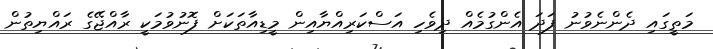
މަތީގައި ދެންނެވުނު ފަދަ އެންގުމެއް ދިވެހި އަސްކަރިއްޔާއިން މީޑިއާތަކަށް ފޮނުވުމަކީ ރާއްޖޭގެ ރައްޔިތުން